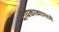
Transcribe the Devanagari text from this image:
दीर्घकाव्यामध्ये